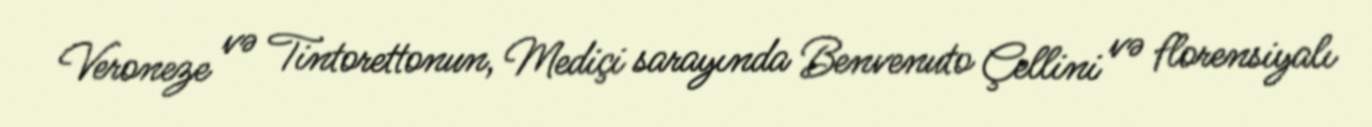
Veroneze və Tintorettonun, Mediçi sarayında Benvenuto Çellini və florensiyalı